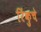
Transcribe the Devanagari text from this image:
रिंकुचे